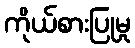
ကိုယ်စားပြုမှု